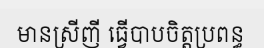
មានស្រីញី ធ្វើបាបចិត្តប្រពន្ធ